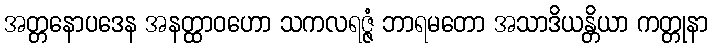
အတ္တနောပဒေန အနတ္ထာဝဟော သကလရဇ္ဇံ ဘာရမတော အသာဒိယန္တိယာ ကတ္တုနာ